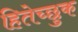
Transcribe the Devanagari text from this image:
हितेच्छुक